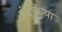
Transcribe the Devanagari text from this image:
हंडुकिया